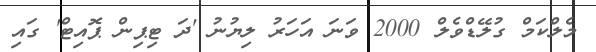
މެލްކަމް ގުލޭޑްވެލް 2000 ވަނަ އަހަރު ލިޔުނު 'ދަ ޓިޕިން ޕޮއިޓް' ގައި